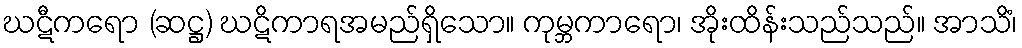
ဃဋီကရော (ဆဋ္ဌ) ဃဋိကာရအမည်ရှိသော။ ကုမ္ဘကာရော၊ အိုးထိန်းသည်သည်။ အာသိံ၊